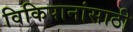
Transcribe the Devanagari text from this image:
विकिपानांसाठी